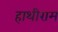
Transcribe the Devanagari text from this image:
हाथीराम